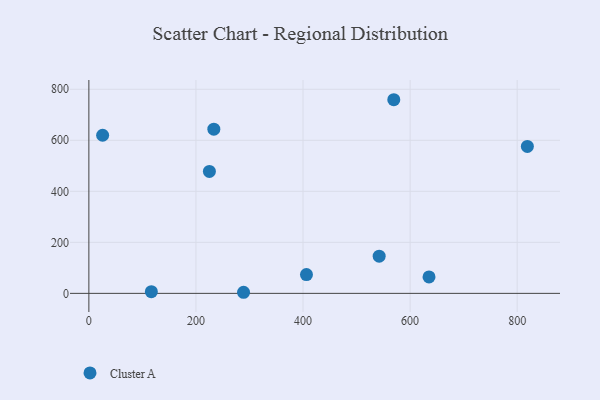
{"axis": {"x": "Distance", "y": "Sales"}, "legend": ["Cluster A"], "data": [{"x": "288.9", "y": 4.3, "type": "Cluster A"}, {"x": "233.4", "y": 643.5, "type": "Cluster A"}, {"x": "116.7", "y": 6.6, "type": "Cluster A"}, {"x": "542.2", "y": 145.9, "type": "Cluster A"}, {"x": "569.5", "y": 759.0, "type": "Cluster A"}, {"x": "25.7", "y": 619.8, "type": "Cluster A"}, {"x": "406.4", "y": 73.7, "type": "Cluster A"}, {"x": "225.1", "y": 478.0, "type": "Cluster A"}, {"x": "819.0", "y": 575.8, "type": "Cluster A"}, {"x": "635.3", "y": 64.3, "type": "Cluster A"}]}